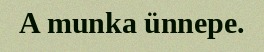
A munka ünnepe.